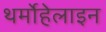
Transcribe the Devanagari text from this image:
थर्मोहेलाइन